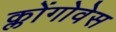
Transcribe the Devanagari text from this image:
क्लोंगोवेस